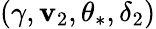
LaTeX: (\gamma,\mathbf{v}_{2},\theta_{*},\delta_{2})